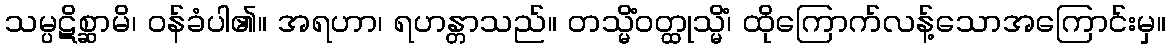
သမ္ပဋိစ္ဆာမိ၊ ဝန်ခံပါ၏။ အရဟာ၊ ရဟန္တာသည်။ တသ္မိံဝတ္ထုသ္မိံ၊ ထိုကြောက်လန့်သောအကြောင်းမှ။